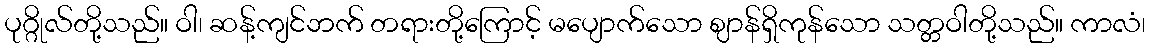
ပုဂ္ဂိုလ်တို့သည်။ ဝါ၊ ဆန့်ကျင်ဘက် တရားတို့ကြောင့် မပျောက်သော ဈာန်ရှိကုန်သော သတ္တဝါတို့သည်။ ကာလံ၊